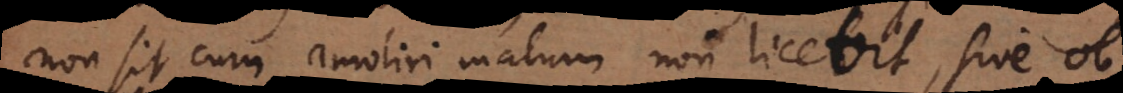
non sit cum amoliri malum non licebit, sive ob